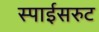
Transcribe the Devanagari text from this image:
स्पाईसरुट